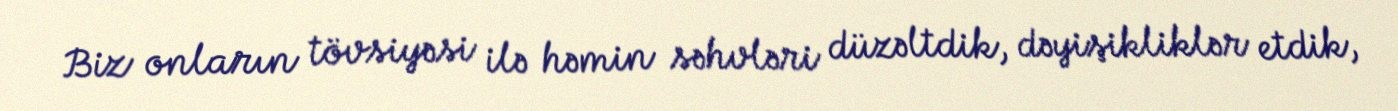
Biz onların tövsiyəsi ilə həmin səhvləri düzəltdik, dəyişikliklər etdik,